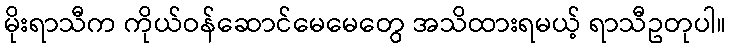
မိုးရာသီက ကိုယ်ဝန်ဆောင်မေမေတွေ အသိထားရမယ့် ရာသီဥတုပါ။